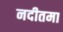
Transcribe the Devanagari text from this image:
नदीतमा